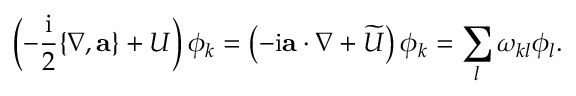
\left( - \frac { \mathrm { i } } { 2 } \{ \nabla , \mathbf { a } \} + U \right) \phi _ { k } = \left( - \mathrm { i } \mathbf { a } \cdot \nabla + \widetilde { U } \right) \phi _ { k } = \sum _ { l } \omega _ { k l } \phi _ { l } .